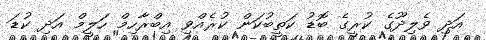
އަދި ވެލިދޫގެ ކުރީގެ ބޮޑު ކަތީބުކަން ކުރެއްވި އިބްރާހިމް ހަލީމް އަދި ކުޑަ